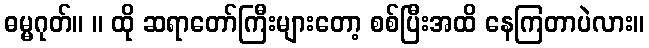
ဓမ္မဂုတ်။ ။ ထို ဆရာတော်ကြီးများတော့ စစ်ပြီးအထိ နေကြတာပဲလား။